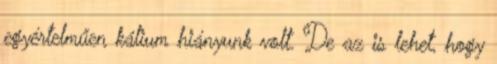
egyértelműen kálium hiányunk volt. De az is lehet, hogy